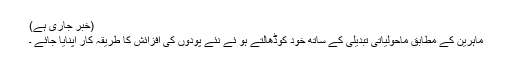
(خبر جاری ہے)
ماہرین کے مطابق ماحولیاتی تبدیلی کے ساتھ خود کوڈھالتے ہو ئے نئے پودوں کی افزائش کا طریقہ کار اپنایا جائے ۔